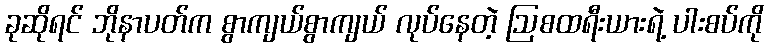
ခုဆိုရင် ဘိုနာပတ်က စွာကျယ်စွာကျယ် လုပ်နေတဲ့ ဩစထရီးယားရဲ့ ပါးစပ်ကို